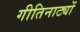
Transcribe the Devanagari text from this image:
गीतिनाट्यों